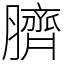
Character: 臍